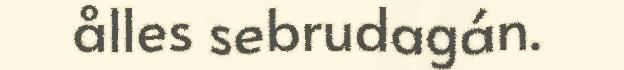
ålles sebrudagán.